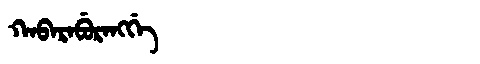
Manchu: ᡴᠠᠪᠠᡵᠠᠪᡠᡵᠠᠩᡤᡝ
Romanization: KABARABURANGGE